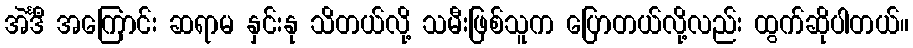
အဲင်္ဒီ အကြောင်း ဆရာမ နှင်းနု သိတယ်လို့ သမီးဖြစ်သူက ပြောတယ်လို့လည်း ထွက်ဆိုပါတယ်။